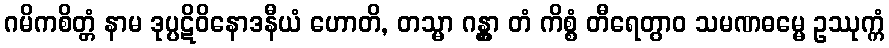
ဂမိကစိတ္တံ နာမ ဒုပ္ပဋိဝိနောဒနီယံ ဟောတိ, တသ္မာ ဂန္တွာ တံ ကိစ္စံ တီရေတွာဝ သမဏဓမ္မေ ဥဿုက္ကံ